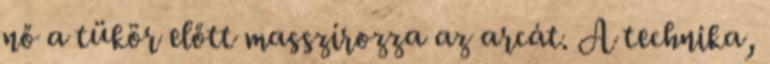
nő a tükör előtt masszírozza az arcát. A technika,